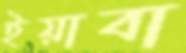
ইয়াবা